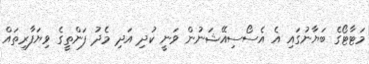
މަޓާޓޯގެ ބަޔާނުގައި އެ އެސޯސިއޭޝަނުން ވަނީ ކުދި އަދި މެދު ފަންތީގެ ވިޔަފާރިތައް